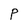
Character: P